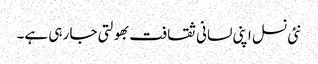
نئی نسل اپنی لسانی ثقافت بھولتی جا رہی ہے۔